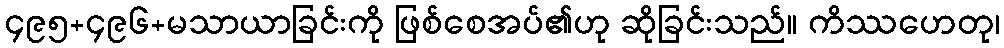
၄၉၅+၄၉၆+မသာယာခြင်းကို ဖြစ်စေအပ်၏ဟု ဆိုခြင်းသည်။ ကိဿဟေတု၊